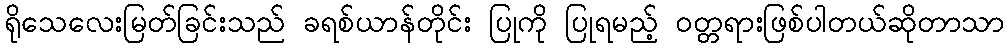
ရိုသေလေးမြတ်ခြင်းသည် ခရစ်ယာန်တိုင်း ပြုကို ပြုရမည့် ၀တ္တရားဖြစ်ပါတယ်ဆိုတာသာ